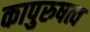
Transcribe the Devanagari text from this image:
कापुरुषत्व